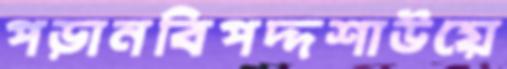
পড়ানবিপদ্দশাউয়ে